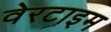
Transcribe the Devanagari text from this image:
वेरटाइम